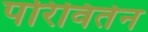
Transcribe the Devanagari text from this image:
परिविर्तन